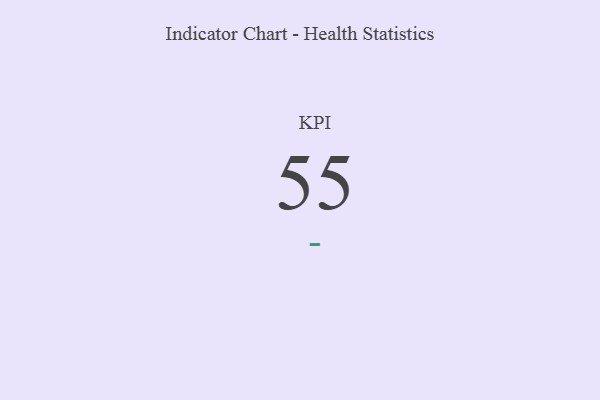
{"axis": {"x": "KPI", "y": "Value"}, "legend": [""], "data": [{"x": "KPI", "y": 55, "type": ""}]}